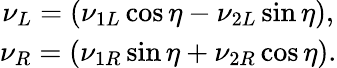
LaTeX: \begin{array}{c}{{\nu_{L}=\left(\nu_{1L}\cos\eta-\nu_{2L}\sin\eta\right),}}\\ {{\nu_{R}=\left(\nu_{1R}\sin\eta+\nu_{2R}\cos\eta\right).}}\end{array}